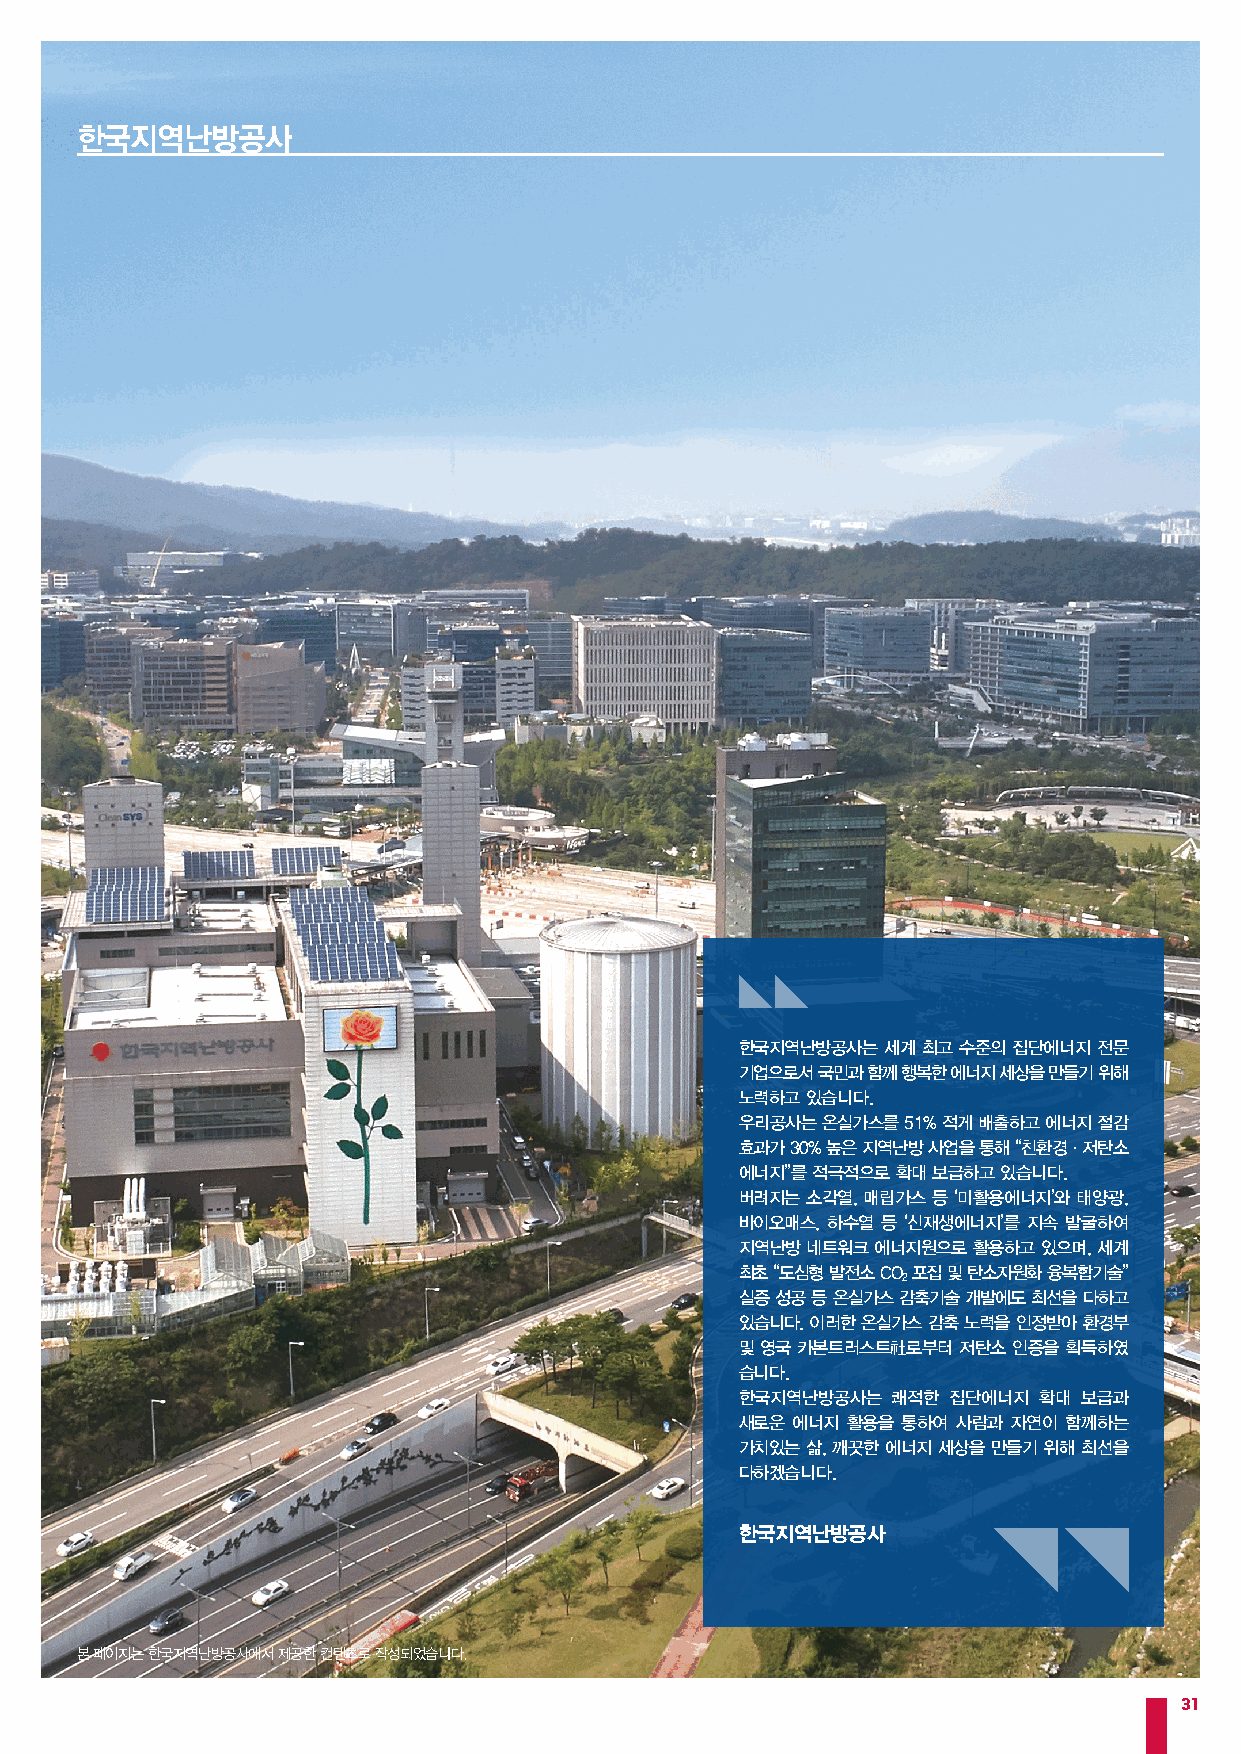
한국지역난방공사
 한국지역난방공사는 세계 최고 수준의 집단에너지 전문
 기업으로서 국민과 함께 행복한 에너지 세상을 만들기 위해
 노력하고 있습니다.
 우리공사는 온실가스를 51% 적게 배출하고 에너지 절감
 효과가 30% 높은 지역난방 사업을 통해 “친환경·저탄소
 에너지”를 적극적으로 확대 보급하고 있습니다.
 버려지는 소각열, 매립가스 등 ‘미활용에너지’와 태양광,
 바이오매스, 하수열 등 ‘신재생에너지’를 지속 발굴하여
 지역난방 네트워크 에너지원으로 활용하고 있으며, 세계
 최초 “도심형 발전소 CO 포집 및 탄소자원화 융복합기술”
 2
 실증 성공 등 온실가스 감축기술 개발에도 최선을 다하고
 있습니다. 이러한 온실가스 감축 노력을 인정받아 환경부
 및 영국 카본트러스트社로부터 저탄소 인증을 획득하였
 습니다.
 한국지역난방공사는 쾌적한 집단에너지 확대 보급과
 새로운 에너지 활용을 통하여 사람과 자연이 함께하는
 가치있는 삶, 깨끗한 에너지 세상을 만들기 위해 최선을
 다하겠습니다.
 한국지역난방공사
 본 페이지는 한국지역난방공사에서 제공한 컨텐츠로 작성되었습니다.
 31